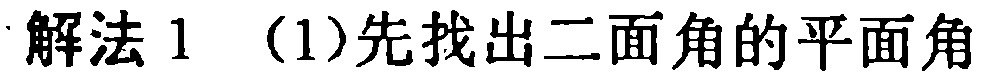
解法1 （1）先找出二面角的平面角